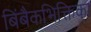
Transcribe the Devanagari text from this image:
बिंबैकभिक्तिका